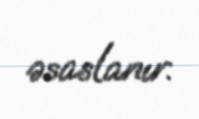
əsaslanır.